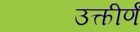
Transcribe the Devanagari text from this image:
उत्कीर्णं